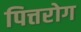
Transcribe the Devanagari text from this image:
पित्तरोग